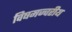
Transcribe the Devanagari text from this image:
विषमज्वरीय